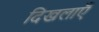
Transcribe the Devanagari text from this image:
दिखलाएँ